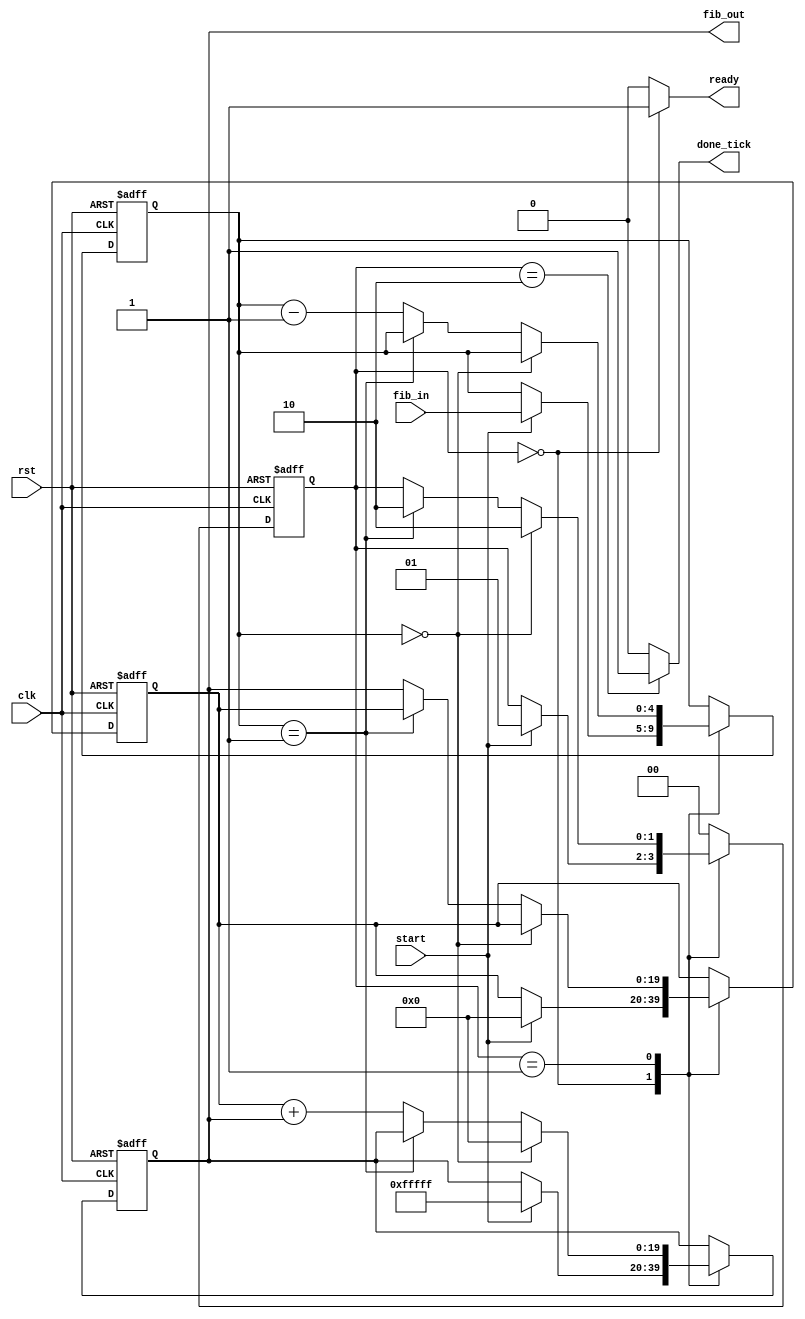
module fb(fib_out,done_tick,ready,fib_in,start,clk,rst);
	parameter N1 = 5, N2 = 20;
	input wire start, clk, rst;
	input wire [N1-1:0] fib_in;
	output reg done_tick, ready;
	output wire [N2-1:0] fib_out;
	
	//states
	localparam [1:0] idle = 2'b00, op = 2'b01, done = 2'b10;
	
	//registers used 
	reg [N2-1:0] t0_reg, t1_reg, t0_next, t1_next;
	reg [1:0] state_reg, state_next;
	reg [N1-1:0] index_reg, index_next;
	
	//state and register logic
	always @(posedge clk, posedge rst)
		begin
		if(rst)
			begin
			state_reg <= idle;
			t0_reg <= 0;
			t1_reg <= 0;
			index_reg <= 0;
			end
		else 
			begin
			state_reg <= state_next;
			t0_reg <= t0_next;
			t1_reg <= t1_next;
			index_reg <= index_next;
			end
		end
	
	//next state logic and output logic
	always @* 
		begin
		state_next = state_reg;
		t0_next = t0_reg;
		t1_next = t1_reg;
		index_next = index_reg;
		done_tick = 1'b0;
		ready = 1'b0;
		case(state_reg)
			idle:
				begin
				ready = 1'b1;
				if(start)
					begin
					t0_next = {(N2){1'b0}};
					t1_next = {(N2){1'b1}};
					index_next = fib_in;
					state_next = op;
					end
				end
			op:
				begin
				if(index_reg == 0)
					begin
					t1_next = 0;
					state_next = done;
					end
				else if(index_reg == 1)
					begin
					state_next = done;
					end
				else 
					begin
					t1_next = t0_reg + t1_reg;
					t0_next = t1_reg;
					index_next = index_reg - 1;
					end
				end
			done:
				begin
				done_tick = 1'b1;
				state_next = idle;
				end
			default: state_next = idle;
		endcase
		end
	assign fib_out = t1_reg;
endmodule